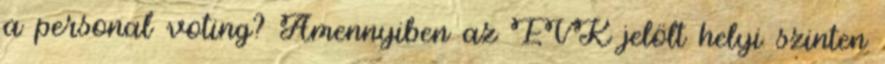
a personal voting? Amennyiben az EVK jelölt helyi szinten